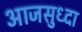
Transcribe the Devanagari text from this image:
आजसुध्दा